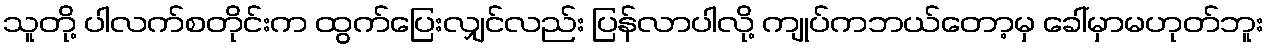
သူတို့ ပါလက်စတိုင်းက ထွက်ပြေးလျှင်လည်း ပြန်လာပါလို့ ကျုပ်ကဘယ်တော့မှ ခေါ်မှာမဟုတ်ဘူး